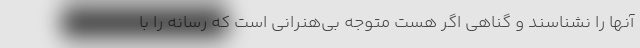
آنها را نشناسند و گناهی اگر هست متوجه بی‌هنرانی است که رسانه را با